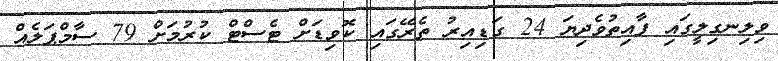
ވިލިނގިލީގައި ފާއިތުވެދިޔަ 24 ގަޑިއިރު ތެރޭގައި ކޮވިޑަށް ޓެސްޓް ކުރުމަށް 79 ސާމްޕަލެއް